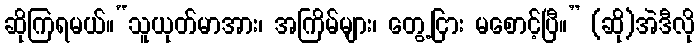
ဆိုကြရမယ်။“သူယုတ်မာအား၊ အကြိမ်များ၊ တွေ့ငြား မစောင့်ပြီ။” (ဆို)အဲဒီလို